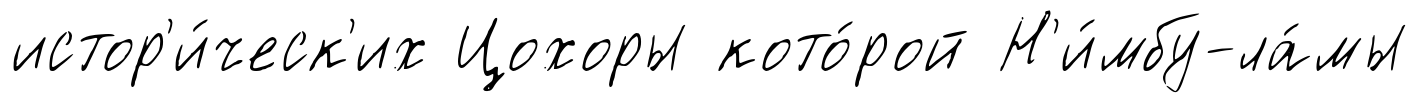
истор'и́ческ'их Цохоры кото́рой Н'и́мбу-ла́мы